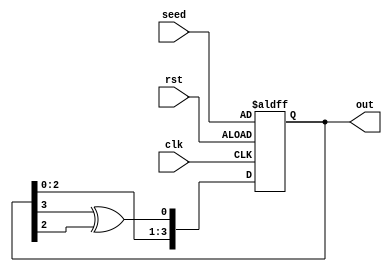

module LFSR (clk, rst, seed, out);

parameter WIDTH = 4;

input clk, rst;
input       [WIDTH-1:0] seed;
output reg  [WIDTH-1:0] out;

always @(posedge clk or negedge rst) begin
  if (!rst) out <= seed;
  else out <= {out[WIDTH-2:0], out[WIDTH-1] ^ out[WIDTH-2]};
end

endmodule